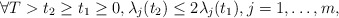
\begin{align*}\forall T>t_{2}\geq t_{1}\geq 0, \lambda_{j}(t_{2})\leq 2\lambda_{j}(t_{1}), j=1,\dots, m,\end{align*}